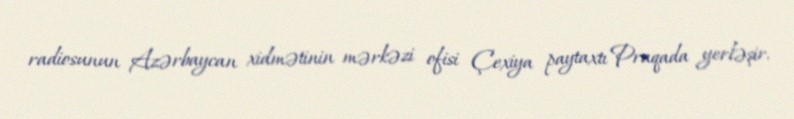
radiosunun Azərbaycan xidmətinin mərkəzi ofisi Çexiya paytaxtı Praqada yerləşir.